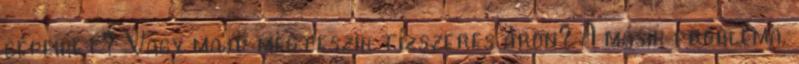
gépeiket? Vagy majd megteszik tízszeres áron? A másik probléma,